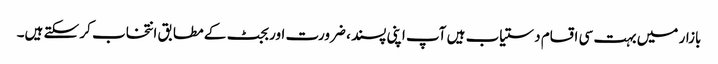
بازار میں بہت سی اقسام دستیاب ہیں آپ اپنی پسند ، ضرورت اور بجٹ کے مطابق انتخاب کر سکتے ہیں۔